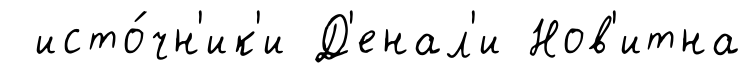
исто́чн'ик'и Д'енал'и Нов'итна